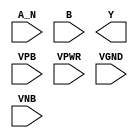
module sky130_fd_sc_lp__nand2b (
    //# {{data|Data Signals}}
    input  A_N ,
    input  B   ,
    output Y   ,

    //# {{power|Power}}
    input  VPB ,
    input  VPWR,
    input  VGND,
    input  VNB
);
endmodule